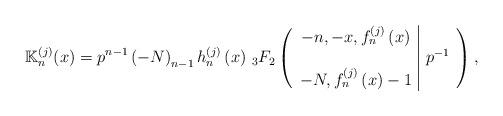
LaTeX: \begin{align*}\mathbb{K}_{n}^{(j)}(x)=p^{n-1}\left( -N\right) _{n-1}h_{n}^{\left( j\right)}\left( x\right) \,_{3}F_{2}\left( \begin{array}{c|c}-n,-x,f_{n}^{\left( j\right) }\left( x\right) & \\ & p^{-1} \\ -N,f_{n}^{\left( j\right) }\left( x\right) -1 & \end{array}\right) , \end{align*}